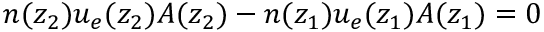
n ( z _ { 2 } ) u _ { e } ( z _ { 2 } ) A ( z _ { 2 } ) - n ( z _ { 1 } ) u _ { e } ( z _ { 1 } ) A ( z _ { 1 } ) = 0